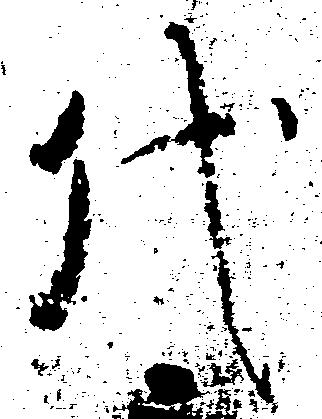
代